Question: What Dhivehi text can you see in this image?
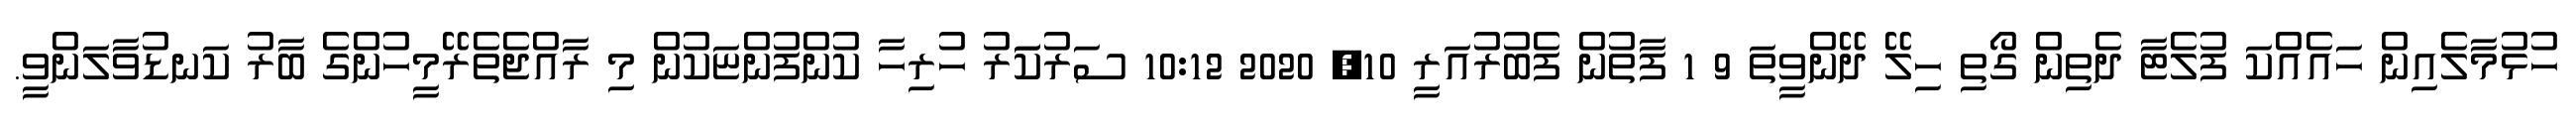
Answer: ހުޅުމާލެއިން ހައެއްކަ ފުލެޓާ ދެތިން ގޯތި ހިލޭ ދޭންވީތަ 9 1 ފާތުން ފެބުރުއަރީ 10, 2020 10:12 ސަރުކަަރު ހުރިހާ ކުންފުންޏަކުން މި ރާއްޖެތެރޭމީހުންގެ ބާރު ކަނޑުވާލަންވީ.